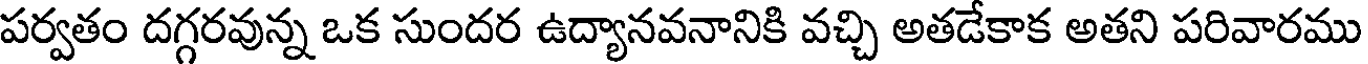
పర్వతం దగ్గరవున్న ఒక సుందర ఉద్యానవనానికి వచ్చి అతడేకాక అతని పరివారము